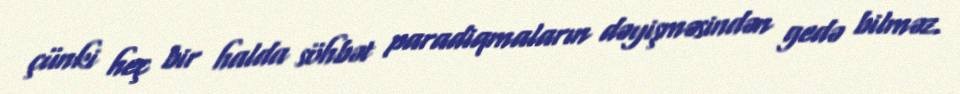
çünki heç bir halda söhbət paradiqmaların dəyişməsindən gedə bilməz.